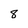
Character: 8